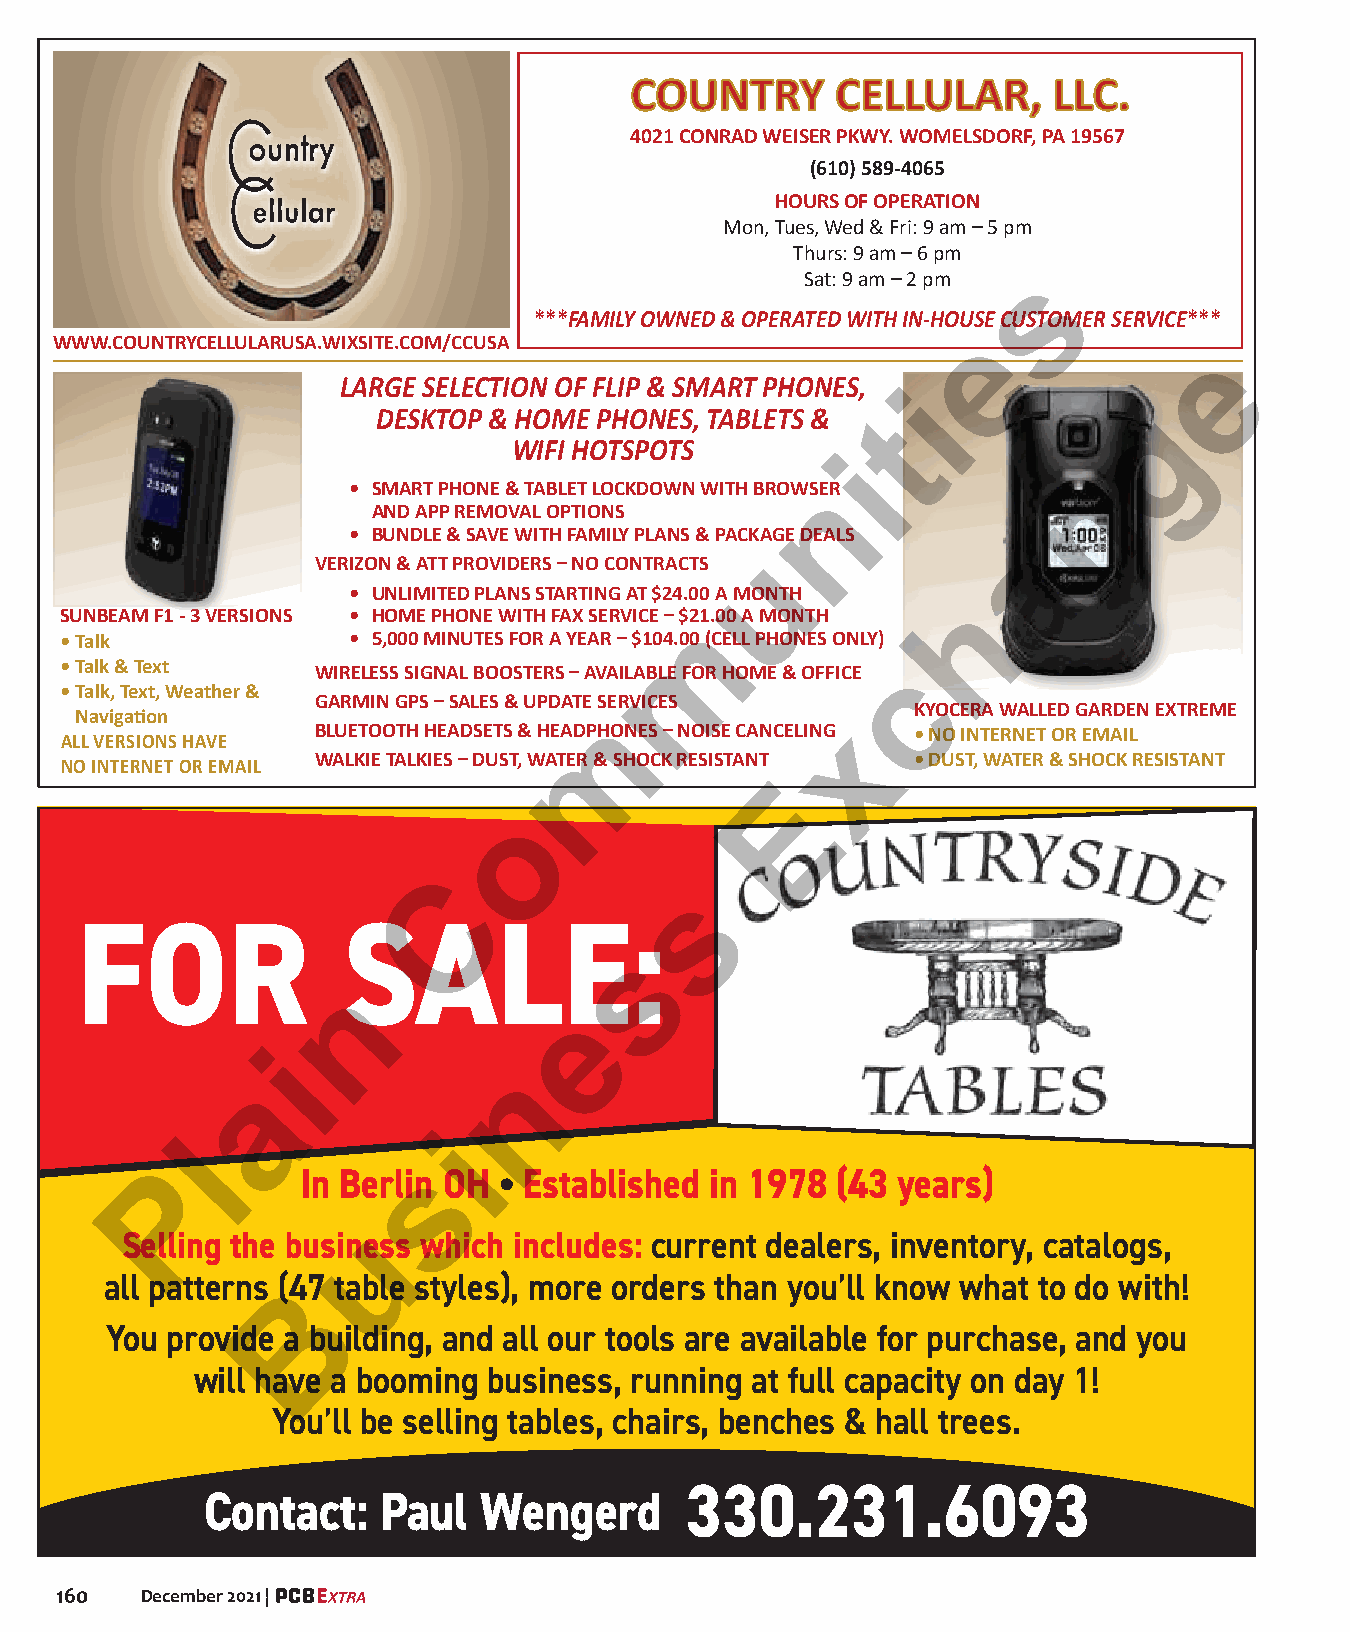
CCOOUUNNTTRRYY CCEELLLLUULLAARR,, LLLLCC..
 4021 CONRAD WEISER PKWY. WOMELSDORF, PA 19567
 (610) 589-4065
 HOURS OF OPERATION
 Mon, Tues, Wed & Fri: 9 am – 5 pm
 Thurs: 9 am – 6 pm
 Sat: 9 am – 2 pm s
 ***FAMILY OWNED & OPERATED WITH IN-HOUSE CUSTOMER SERVICE***
 e
 WWW.COUNTRYCELLULARUSA.WIXSITE.COM/CCUSA
 e
 LARGE SELECTION OF FLIP & SMART PHONES,
 i
 DESKTOP & HOME PHONES, TABLETS &                   g
 t
 WIFI HOTSPOTS
 i
 n
 • SMART PHONE & TABLET LOCKDOWN WITH BROWSEnR
 AND APP REMOVAL OPTIONS
 • BUNDLE & SAVE WITH FAMILY PLANS & PACKAGE DEALS
 a
 u
 VERIZON & ATT PROVIDERS – NO CONTRACTS
 • UNLIMITED PLANS STARTING AT $24.00 A MONTH
 h
 SUNBEAM F1 - 3 VERSIONS • HOME PHONE WITH FAX SERVICE – $21.00 A MONTH
 m
 • Talk             • 5,000 MINUTES FOR A YEAR – $104.00 (CELL PHONES ONLY)
 • Talk & Text    WIRELESS SIGNAL BOOSTERS – AVAILABLE FOR HOME & OFFICE c
 • Talk, Text, Weather &
 GARMIN GPS – SALES & UPDATE SERVICES
 Navigation                         m                    KYOCERA WALLED GARDEN EXTREME
 ALL VERSIONS HAVE BLUETOOTH HEADSETS & HEADPHONES – NOISE CANCELING x • NO INTERNET OR EMAIL
 NO INTERNET OR EMAIL WALKIE TALKIES – DUST, WATER & SHOCK RESISTANT • DUST, WATER & SHOCK RESISTANT
 E
 o
 C
 s
 FOR               SALE:
 s
 n
 e
 i
 n
 a
 i
 l
 s
 P        In Berlin OH l Established in 1978 (43 years)
 u
 Selling the business which includes: current dealers, inventory, catalogs,
 all patterns (47 table styles), more orders than you’ll know what to do with!
 B
 You provide a building, and all our tools are available for purchase, and you
 will have a booming business, running at full capacity on day 1!
 You’ll be selling tables, chairs, benches & hall trees.
 Contact:    Paul   Wengerd
 330.231.6093
 160  December 2021 |